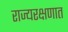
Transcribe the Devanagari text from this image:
राज्यरक्षणात